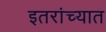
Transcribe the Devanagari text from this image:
इतरांच्यात